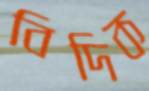
বিদিক